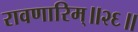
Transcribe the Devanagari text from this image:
रावणारिम्‌॥२६॥